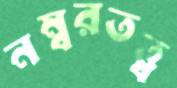
নম্বরতত্ত্ব